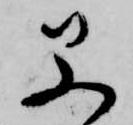
早